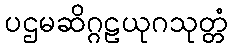
ပဌမဆိဂ္ဂဠယုဂသုတ္တံ